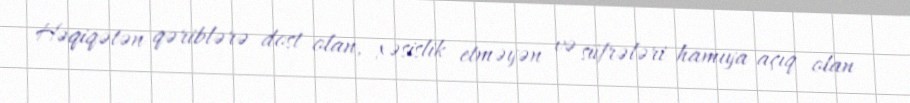
Həqiqətən qəriblərə dost olan, xəsislik etməyən və süfrələri hamıya açıq olan